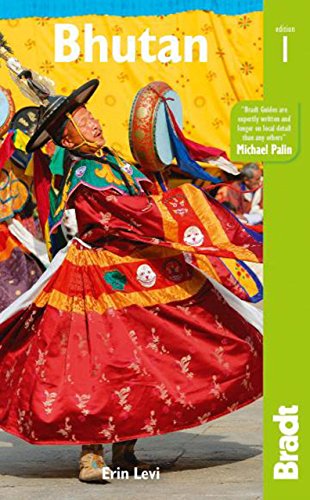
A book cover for Bhutan (Bradt Travel Guide Peruvian Wildlife); Travel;